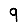
Digit: 9